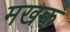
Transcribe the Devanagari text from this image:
मखक